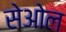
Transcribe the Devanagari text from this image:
सेओल